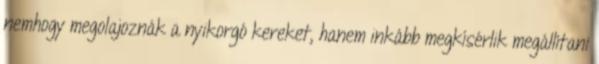
nemhogy megolajoznák a nyikorgó kereket, hanem inkább megkísérlik megállítani